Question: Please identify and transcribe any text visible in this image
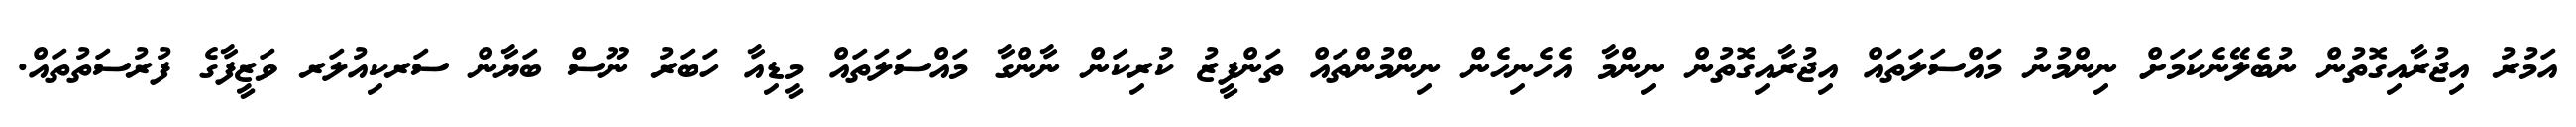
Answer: އަމުރު އިޖުރާއިގޮތުން ނުބެލޭނެކަމަށް ނިންމުނު މައްސަލަތައް އިޖުރާއިގޮތުން ނިންމާ އެހެނިހެން ނިންމުންތައް ތަންފީޒު ކުރިކަން ނާންގާ މައްސަލަތައް މީޑިއާ ހަބަރު ނޫސް ބަޔާން ސަރކިއުލަރ ވަޒީފާގެ ފުރުސަތުތައް.